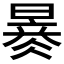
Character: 𣊂